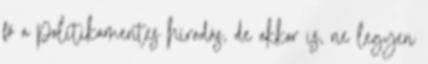
fő a politikamentes híradás, de akkor is, ne legyen